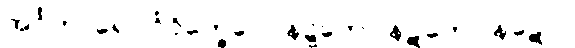
အင်္ဂဟာရော’င်္ဂဝိက္ခေပေါ၊ နဋ္ဋကော နဋကော နဋော။